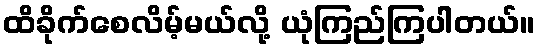
ထိခိုက်စေလိမ့်မယ်လို့ ယုံကြည်ကြပါတယ်။